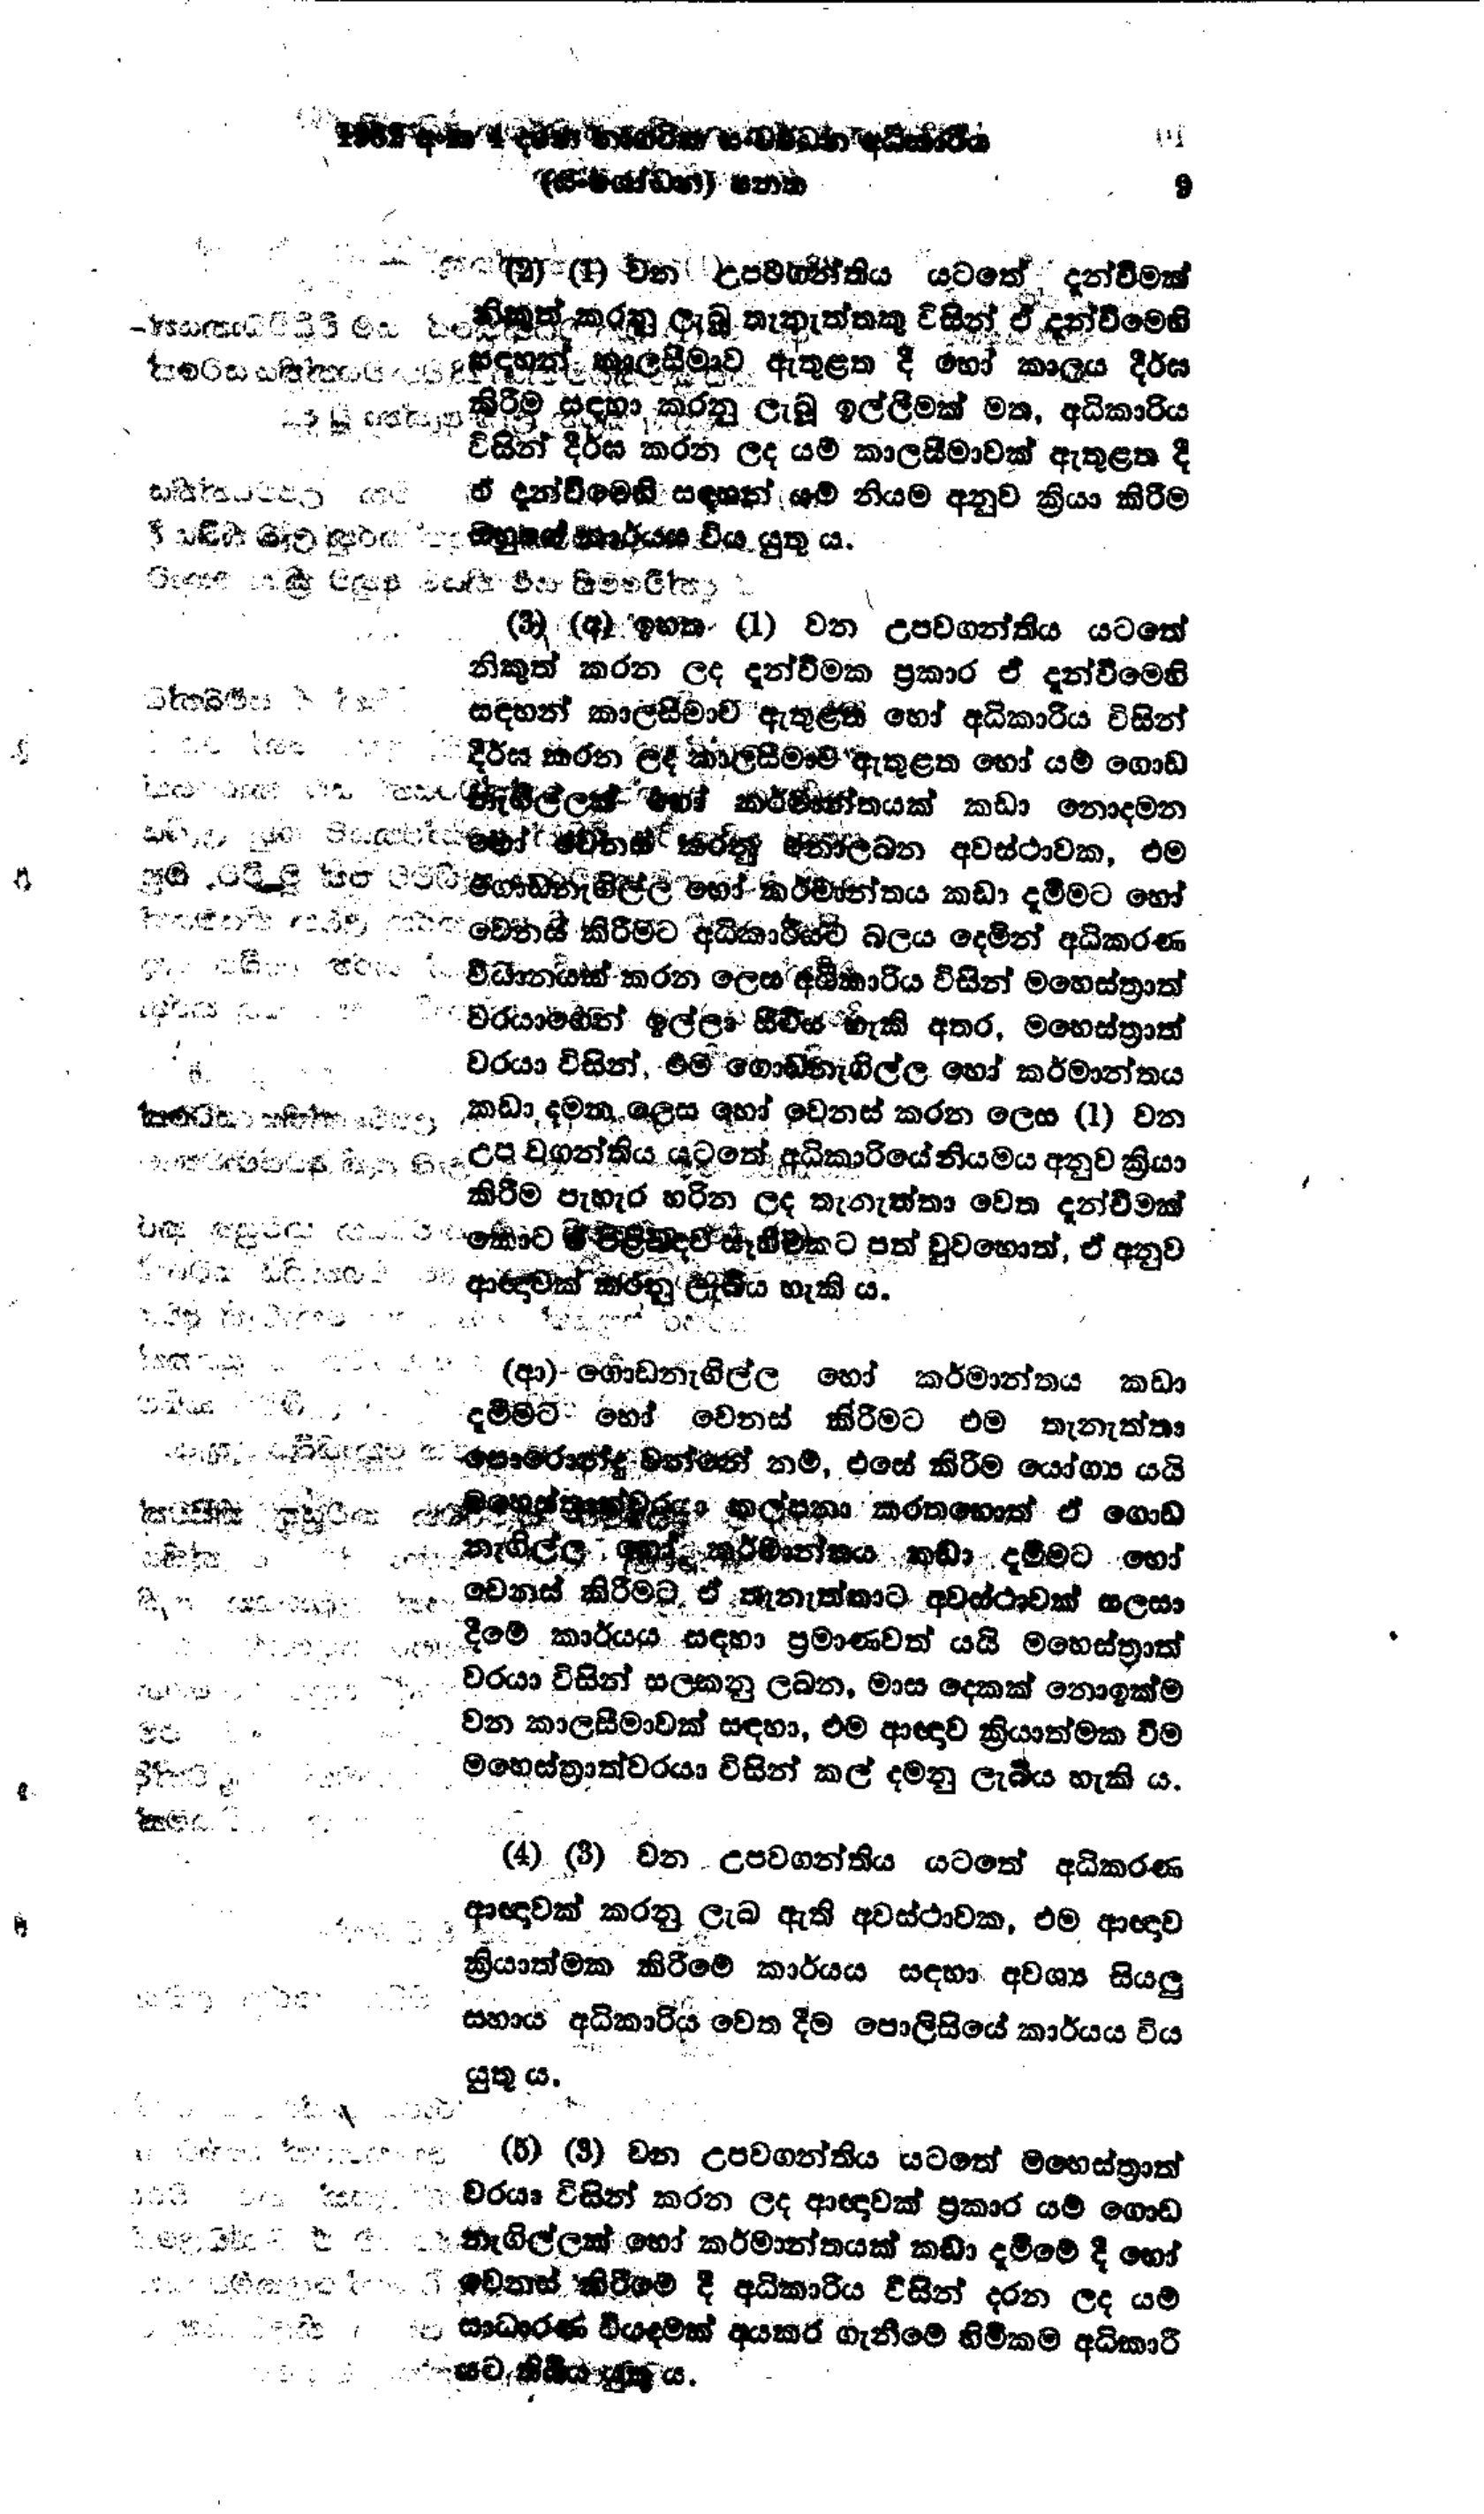
1982 අංක 4 දරන නාගරික සංවර්ධන අධිකාරිය   9
(සංශෝධන) පනත

(2) (1) වන උපවගන්තිය යටතේ දැන්වීමක්
නිකුත් කරනු ලැබූ තැනැත්තකු විසින් ඒ දැන්වීමෙහි
සඳහන් කාලසීමාව ඇතුළත දී හෝ කාලය දීර්ඝ
කිරීම සඳහා කරනු ලැබූ ඉල්ලීමක් මත, අධිකාරිය
විසින් දීර්ඝ කරන ලද යම් කාලසීමාවක් ඇතුළත දී
ඒ දැන්වීමෙහි සඳහන් යම් නියම අනුව ක්‍රියා කිරීම
ඔහුගේ කාර්යය විය යුතු ය.

(3) (අ) ඉහත (1) වන උපවගන්තිය යටතේ
නිකුත් කරන ලද දැන්වීමක ප්‍රකාර ඒ දැන්වීමෙහි
සඳහන් කාලසීමාව ඇතුළත හෝ අධිකාරිය විසින්
දීර්ඝ කරන ලද කාලසීමාව ඇතුළත හෝ යම් ගොඩ
නැගිල්ලක් හෝ කර්මාන්තයක් කඩා නොදමන
හෝ වෙනස් කරනු නොලබන අවස්ථාවක, එම
ගොඩනැගිල්ල හෝ කර්මාන්තය කඩා දැමීමට හෝ
වෙනස් කිරීමට අධිකාරීයට බලය දෙමින් අධිකරණ
විධානයක් කරන ලෙස අධිකාරිය විසින් මහෙස්ත්‍රාත්
වරයාගෙන් ඉල්ලා සිටිය හැකි අතර, මහෙස්ත්‍රාත්
වරයා විසින්, එම ගොඩනැගිල්ල හෝ කර්මාන්තය
කඩා දමන ලෙස හෝ වෙනස් කරන ලෙස (1) වන
උපවගන්තිය යටතේ අධිකාරියේ නියමය අනුව ක්‍රියා
කිරීම පැහැර හරින ලද තැනැත්තා වෙත දැන්වීමක්
කොට ඒ පිළිබඳව සෑහිමකට පත් වුවහොත්, ඒ අනුව
ආඥාවක් කරනු ලැබිය හැකි ය.

(ආ) ගොඩනැගිල්ල හෝ කර්මාන්තය කඩා
දමීමට හෝ වෙනස් කිරීමට එම තැනැත්තා
පොරොන්දු වන්නේ නම්, එසේ කිරීම යෝග්‍ය යයි
මහෙස්ත්‍රාත්වරයා කල්පනා කරතහොත් ඒ ගොඩ
නැගිල්ල හෝ කර්මාන්තය කඩා දැමීමට හෝ
වෙනස් කිරීමට ඒ තැනැත්තාට අවස්ථාවක් සලසා
දීමේ කාර්යය සඳහා ප්‍රමාණවත් යයි මහෙස්ත්‍රාත්
වරයා විසින් සලකනු ලබන, මාස දෙකක් නොඉක්ම
වන කාලසීමාවක් සඳහා, එම ආඥාව ක්‍රියාත්මක වීම
මහෙස්ත්‍රාත්වරයා විසින් කල් දමනු ලැබිය හැකි ය.

(4) (3) වන උපවගන්තිය යටතේ අධිකරණ
ආඥාවක් කරනු ලැබ ඇති අවස්ථාවක, එම ආඥාව
ක්‍රියාත්මක කිරීමේ කාර්යය සඳහා අවශ්‍ය සියලු
සහාය අධිකාරිය වෙත දීම පොලිසියේ කාර්යය විය
යුතු ය.

(5) (3) වන උපවගන්තිය යටතේ මහෙස්ත්‍රාත්
වරයා විසින් කරන ලද ආඥාවක් ප්‍රකාර යම් ගොඩ
නැගිල්ලක් හෝ කර්මාන්තයක් කඩා දමීමේ දී හෝ
වෙනස්  කිරීමේ දී අධිකාරිය විසින් දරන ලද යම්
සාධාරණ වියදමක් අයකර ගැනීමේ හිමිකම අධිකාරී
යට තිබිය යුතු ය.